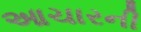
આચારની